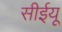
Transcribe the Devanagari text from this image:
सीईयू